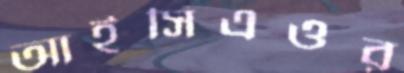
আইসিএওর